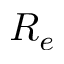
R _ { e }